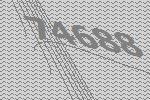
74688